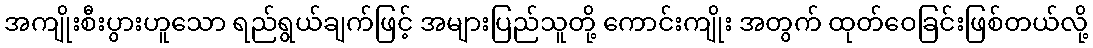
အကျိုးစီးပွားဟူသော ရည်ရွယ်ချက်ဖြင့် အများပြည်သူတို့ ကောင်းကျိုး အတွက် ထုတ်ဝေခြင်းဖြစ်တယ်လို့